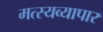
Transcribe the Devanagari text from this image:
मत्स्यव्यापार